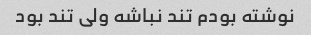
نوشته بودم تند نباشه ولی تند بود